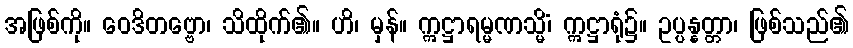
အဖြစ်ကို။ ဝေဒိတဗ္ဗော၊ သိထိုက်၏။ ဟိ၊ မှန်။ ဣဋ္ဌာရမ္မဏသ္မိံ၊ ဣဋ္ဌာရုံ၌။ ဥပ္ပန္နတ္တာ၊ ဖြစ်သည်၏